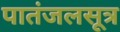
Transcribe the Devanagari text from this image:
पातंजलसूत्र